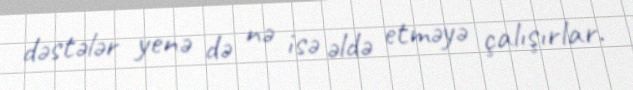
dəstələr yenə də nə isə əldə etməyə çalışırlar.